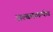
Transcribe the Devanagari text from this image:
अल्बमामार्फत